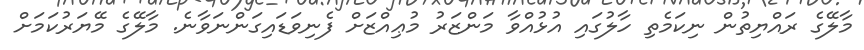
މާލޭގެ ރައްޔިތުން ނިކަމެތި ހާލުގައި އުޅުއްވާ މަންޒަރު މުޢިއްޒަށް ފެނިވަޑައިގަންނަވާނެ. މާލޭގެ މޭޔަރުކަމަށް